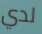
لدي